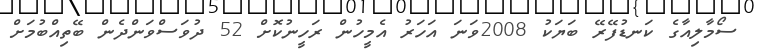
ސޯމާލިއާގެ ކަނޑުފޭރޭ ބަޔަކު 2008ވަނަ އަހަރު އެމީހުން ރަހީނުކޮށް 52 ދުވަސްވަންދެން ބޭތިއްބުމަށް